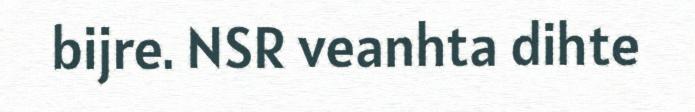
bijre. NSR veanhta dihte